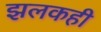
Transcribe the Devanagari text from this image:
झलकही